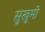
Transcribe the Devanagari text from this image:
सुखुमी